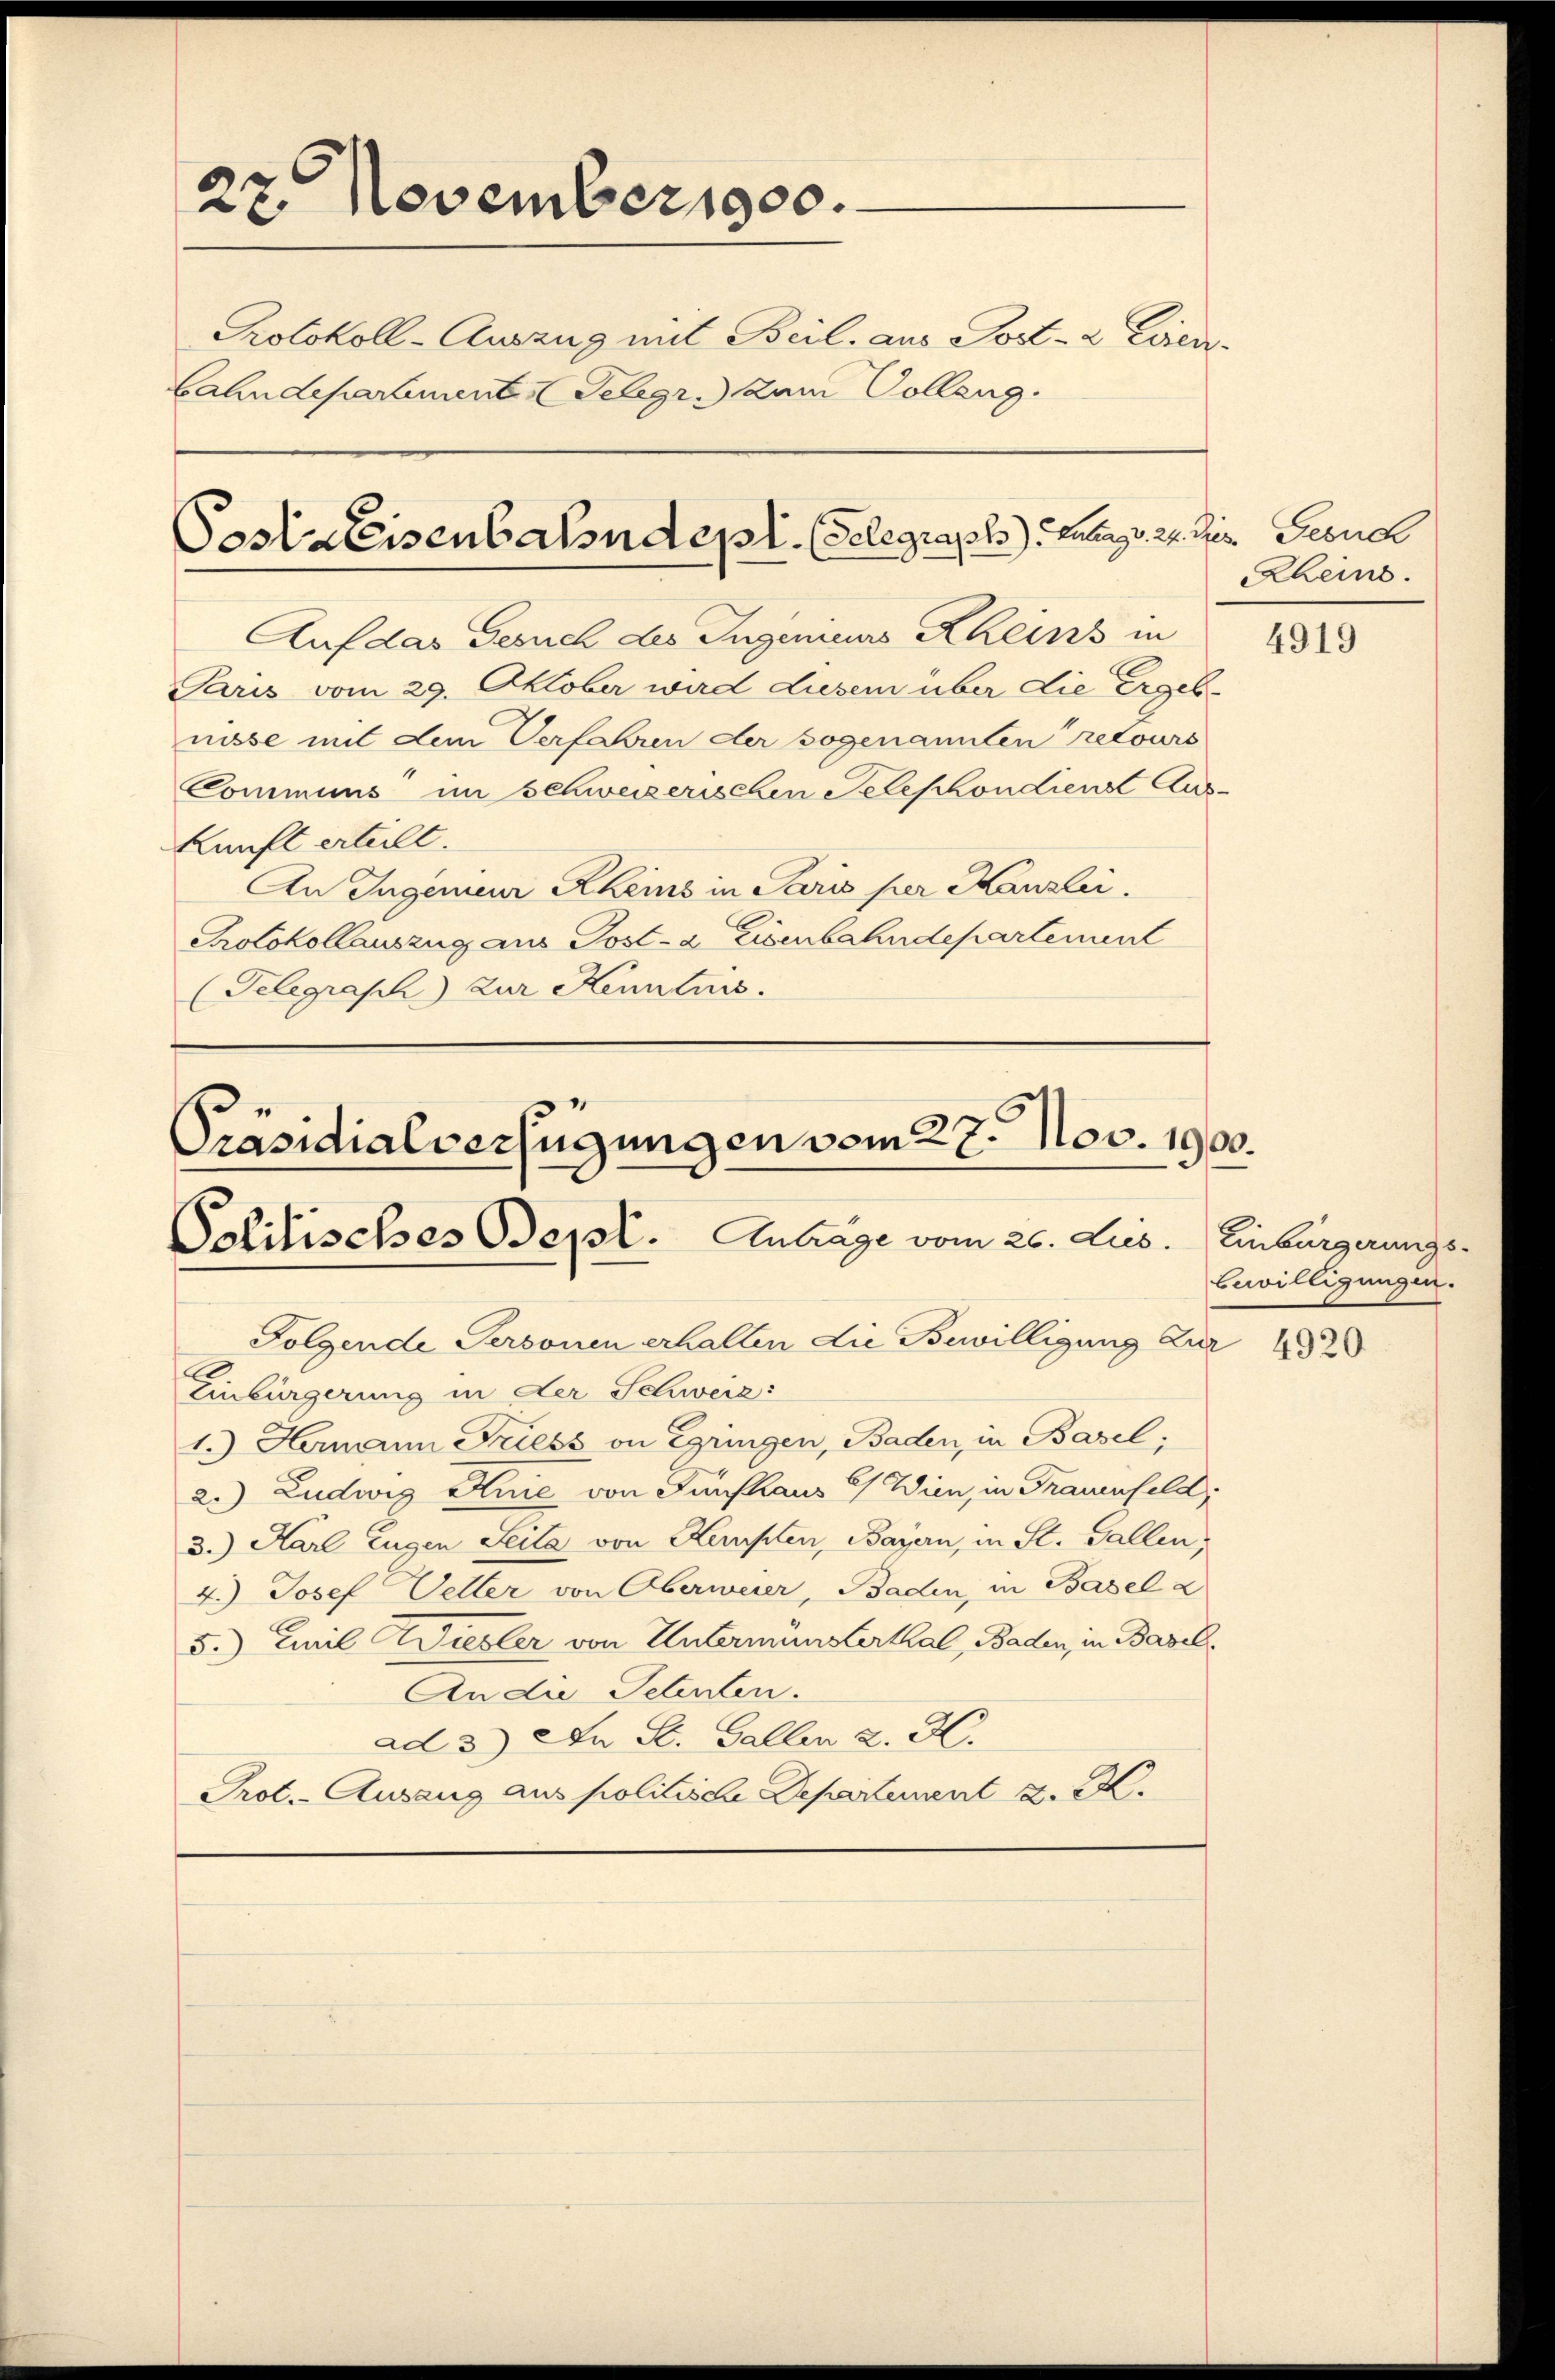
27. November 1900.
Kotokoll-Auszug mit Beil. aus Post- & Even¬
Cahndepartement Telegr. zum Colleng

Poststeisenbahndepl. (Telegraph. Lang d. 2.

Auf das Geruch des Ingenieurs Rheins in
Paris vom 29. Oktober wird diesem über die Ergeb-
nisse mit dem Verfahren der sogenannten retours
Communs im Schweizerischen Telephondienst Aus-
kunft erteilt.
An Ingenieur Rheins in Paris per Kanzlei.
Protokollauszug aus Post- & Eisenbahndepartement
(Telegraph) zur Kenntnis.

Folgende Personen erhalten die Bewilligung zur
Einbürgerung in der Schweiz:
1.) Hermann Friess von Egringen, Baden, in Basel;
2.) Ludwig Knie von Fünfhaus 2 Wien, in Frauenfeld,
3.) Karl Eugen Seite von Kempten, Bayern, in St. Gallen,
4.) Josef Veller von Oberweier, Baden, in Basel z
5.) Civil Wiedler von Untermünsterthal, Baden, in Basel¬
An die Petenten.
ad 3.) An St. Gallen 2. H.
Prot. - Ausang aus politische Departement z. B.

Präsidialverfügungen vom 27. Nov. 1900.
Politisches Sept. Antrage vom 26. Lus. Einbürgerungs¬

4. dies Gesuch
Rheins.

4919

bewilligungen.

4920